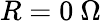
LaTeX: R=0~\Omega